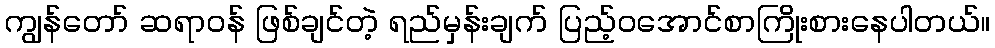
ကျွန်တော် ဆရာဝန် ဖြစ်ချင်တဲ့ ရည်မှန်းချက် ပြည့်ဝအောင်စာကြိုးစားနေပါတယ်။